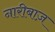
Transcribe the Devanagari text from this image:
नारीबाज़